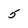
Character: 5